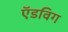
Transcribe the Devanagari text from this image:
ऍडविग